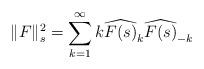
LaTeX: \begin{align*} \|F\|^2_{s} = \sum_{k=1}^\infty k \widehat{F(s)}_k \widehat{F(s)}_{-k} \end{align*}